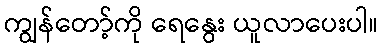
ကျွန်တော့်ကို ရေနွေး ယူလာပေးပါ။